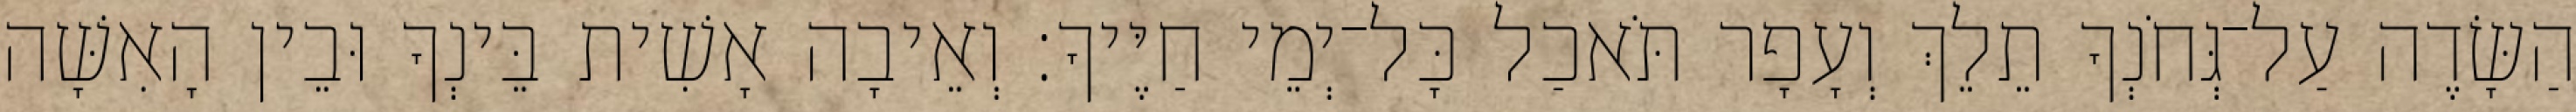
הַשָּׂדֶה עַל־גְּחֹנְךָ תֵלֵךְ וְעָפָר תֹּאכַל כָּל־יְמֵי חַיֶּיךָ׃ וְאֵיבָה אָשִׁית בֵּינְךָ וּבֵין הָאִשָּׁה